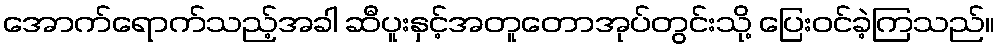
အောက်ရောက်သည့်အခါ ဆီပူးနှင့်အတူတောအုပ်တွင်းသို့ ပြေးဝင်ခဲ့ကြသည်။